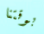
بوقتنا